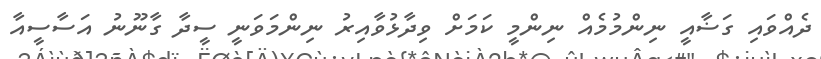
ދެއްވައި ގަޟާއީ ނިންމުމެއް ނިންމީ ކަމަށް ވިދާޅުވާއިރު ނިންމަވަނީ ސީދާ ގާނޫނު އަސާސީއާ